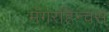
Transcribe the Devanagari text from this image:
मॅगरहिन्चस